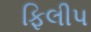
ફિલીપ